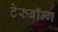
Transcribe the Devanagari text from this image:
टेरुबॉन्ग